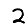
Digit: 2